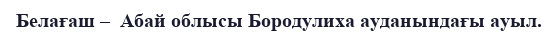
Белағаш –  Абай облысы Бородулиха ауданындағы ауыл.